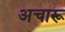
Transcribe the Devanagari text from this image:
अचारू